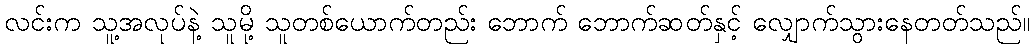
လင်းက သူ့အလုပ်နဲ့ သူမို့ သူတစ်ယောက်တည်း ဘောက် ဘောက်ဆတ်နှင့် လျှောက်သွားနေတတ်သည်။